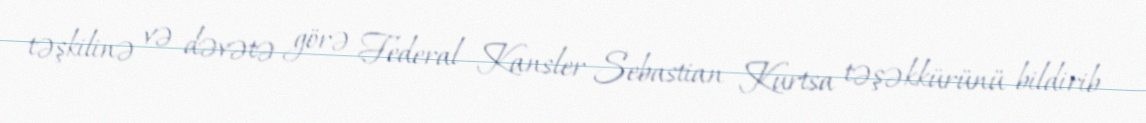
təşkilinə və dəvətə görə Federal Kansler Sebastian Kurtsa təşəkkürünü bildirib